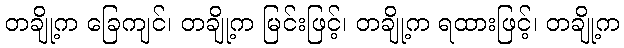
တချို့က ခြေကျင်၊ တချို့က မြင်းဖြင့်၊ တချို့က ရထားဖြင့်၊ တချို့က